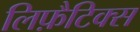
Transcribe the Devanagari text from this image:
लिफ़ैटिक्स